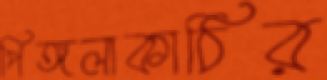
পিঙ্গলাকাঠির